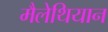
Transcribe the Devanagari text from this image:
मैलेथियान